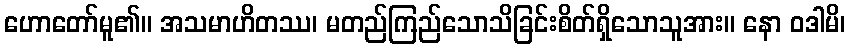
ဟောတော်မူ၏။ အသမာဟိတဿ၊ မတည်ကြည်သောသိခြင်းစိတ်ရှိသောသူအား။ နော ဝဒါမိ၊